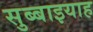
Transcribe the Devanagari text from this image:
सुब्बाइयाह